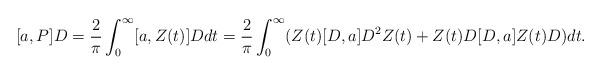
LaTeX: \begin{align*}[a, P] D=\frac{2}{\pi} \int_0^{\infty} [a,Z(t)] D dt = \frac{2}{\pi} \int_0^{\infty} (Z(t) [D,a] D^2 Z(t) +Z(t)D [D,a] Z(t) D) dt.\end{align*}